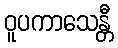
ဝူပကာသေန္တီ